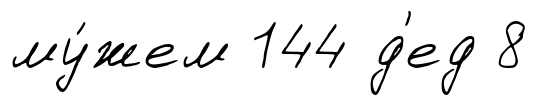
му́жем 144 д'ед 8